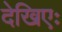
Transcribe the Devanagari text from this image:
देखिएः